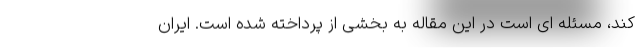
کند، مسئله ­ای است در این مقاله به بخشی از پرداخته شده است. ایران